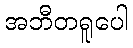
အဘီတရူပေါ